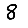
Digit: 8